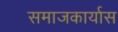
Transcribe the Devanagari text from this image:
समाजकार्यास